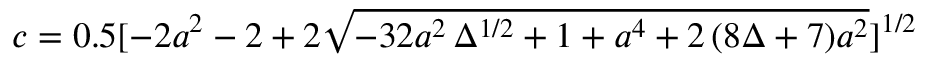
c = 0 . 5 [ - 2 a ^ { 2 } - 2 + 2 \sqrt { - 3 2 a ^ { 2 } \, \Delta ^ { 1 / 2 } + 1 + a ^ { 4 } + 2 \, ( 8 \Delta + 7 ) a ^ { 2 } } ] ^ { 1 / 2 }